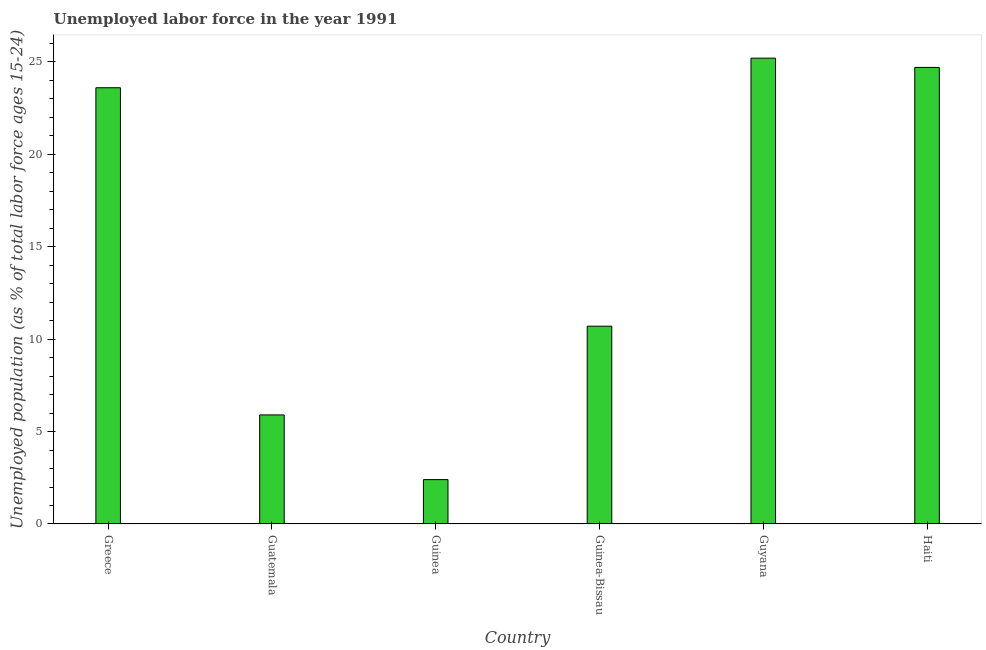
| Country | Unemployment |
 | --- | --- |
 | Greece | 23.6 |
 | Guatemala | 5.9 |
 | Guinea | 2.4 |
 | Guinea-Bissau | 10.7 |
 | Guyana | 25.2 |
 | Haiti | 24.7 |